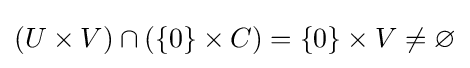
(U\times V)\cap (\{0\}\times C)=\{0\}\times V\neq \varnothing